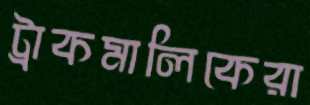
ট্রাকমালিকেরা